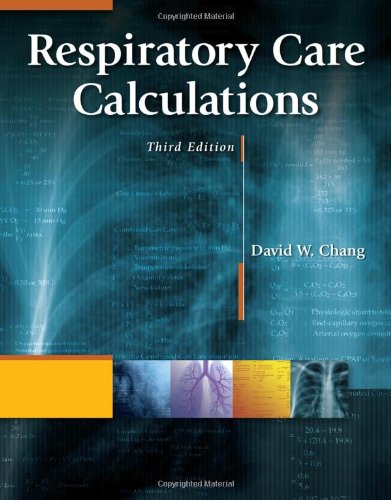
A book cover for Respiratory Care Calculations; David W. Chang; Medical Books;